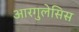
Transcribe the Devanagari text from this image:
आरगुलेसिस